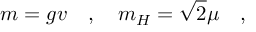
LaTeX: m = g v \quad , \quad m _ { H } = \sqrt { 2 } \mu \quad ,